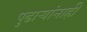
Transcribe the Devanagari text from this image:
पुढार्‍यांनाही